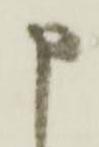
申